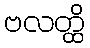
ဗလတ္ထိ